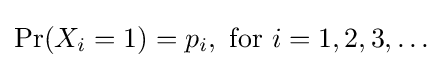
\Pr(X_{i}=1)=p_{i},{\text{ for }}i=1,2,3,\ldots